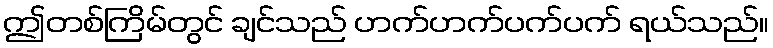
ဤတစ်ကြိမ်တွင် ချင်သည် ဟက်ဟက်ပက်ပက် ရယ်သည်။